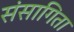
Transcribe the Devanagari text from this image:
संसागिता